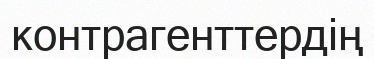
контрагенттердің